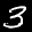
Label: 3